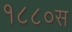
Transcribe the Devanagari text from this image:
१८८०स